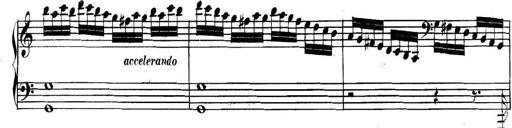
Title: Collected Piano Sonatas
Composer: Muzio Clementi